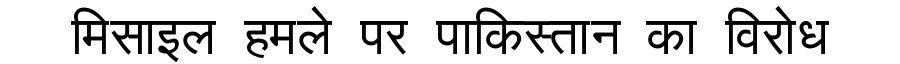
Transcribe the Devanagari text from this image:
मिसाइल हमले पर पाकिस्तान का विरोध